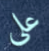
علي